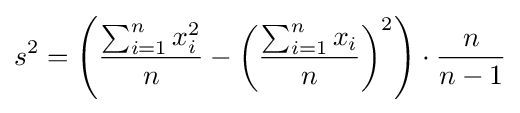
s^{2}=\left({\frac {\sum _{i=1}^{n}x_{i}^{2}}{n}}-\left({\frac {\sum _{i=1}^{n}x_{i}}{n}}\right)^{2}\right)\cdot {\frac {n}{n-1}}